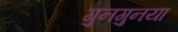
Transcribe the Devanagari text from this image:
गुनगुनया